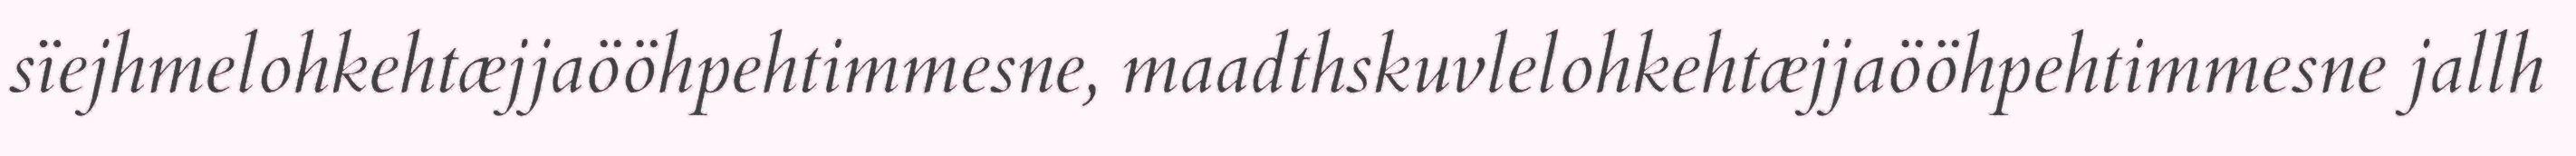
sïejhmelohkehtæjjaööhpehtimmesne, maadthskuvlelohkehtæjjaööhpehtimmesne jallh